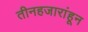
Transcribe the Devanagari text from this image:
तीनहजारांहून